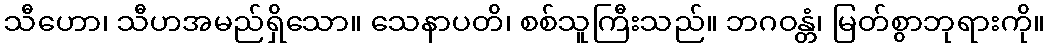
သီဟော၊ သီဟအမည်ရှိသော။ သေနာပတိ၊ စစ်သူကြီးသည်။ ဘဂဝန္တံ၊ မြတ်စွာဘုရားကို။